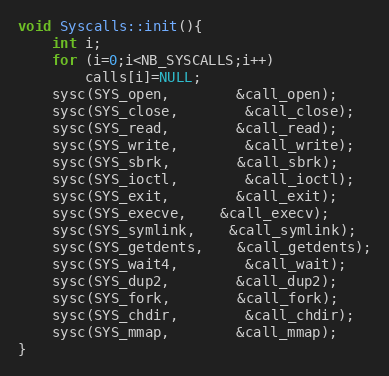
Language: C++
void Syscalls::init(){
	int i;
	for (i=0;i<NB_SYSCALLS;i++)
		calls[i]=NULL;
	sysc(SYS_open,		&call_open);
	sysc(SYS_close,		&call_close);
	sysc(SYS_read,		&call_read);
	sysc(SYS_write,		&call_write);
	sysc(SYS_sbrk,		&call_sbrk);
	sysc(SYS_ioctl,		&call_ioctl);
	sysc(SYS_exit,		&call_exit);
	sysc(SYS_execve,	&call_execv);
	sysc(SYS_symlink,	&call_symlink);
	sysc(SYS_getdents,	&call_getdents);
	sysc(SYS_wait4,		&call_wait);
	sysc(SYS_dup2,		&call_dup2);
	sysc(SYS_fork,		&call_fork);
	sysc(SYS_chdir,		&call_chdir);
	sysc(SYS_mmap,		&call_mmap);
}